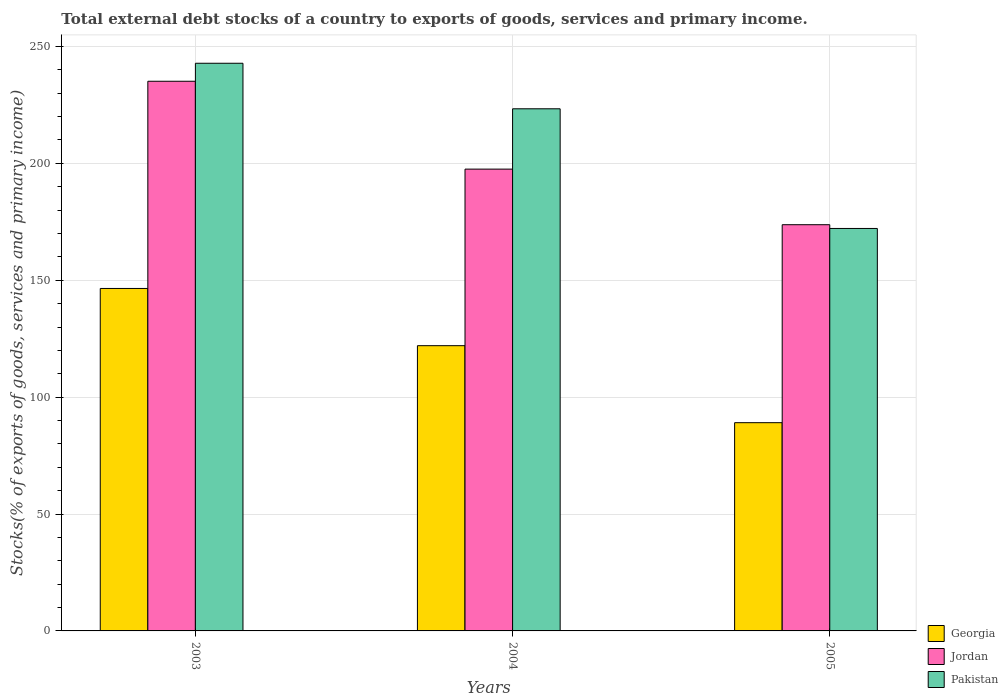
| Years | Georgia | Jordan | Pakistan |
 | --- | --- | --- | --- |
 | 2003 | 146 | 235 | 243 |
 | 2004 | 122 | 198 | 223 |
 | 2005 | 89.1 | 174 | 172 |